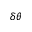
\delta \theta